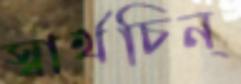
স্বার্থচিন্